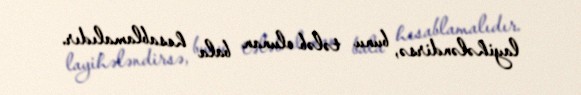
layihələndirsə, bunu tələb olunan bala hesablamalıdır.